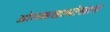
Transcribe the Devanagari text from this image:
ओम्स्कखालोखाल